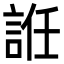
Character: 䛘